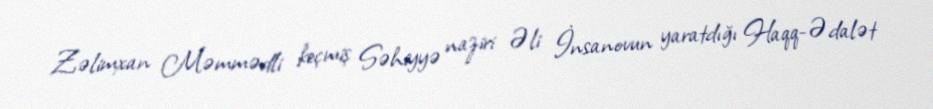
Zəlimxan Məmmədli keçmiş Səhiyyə naziri Əli İnsanovun yaratdığı Haqq-Ədalət